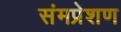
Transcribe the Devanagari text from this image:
संमप्रेशण